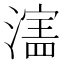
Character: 𬉄